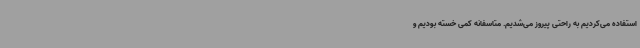
استفاده می‌کردیم به راحتی پیروز می‌شدیم. متاسفانه کمی خسته بودیم و